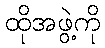
ထိုအဖွဲ့ကို